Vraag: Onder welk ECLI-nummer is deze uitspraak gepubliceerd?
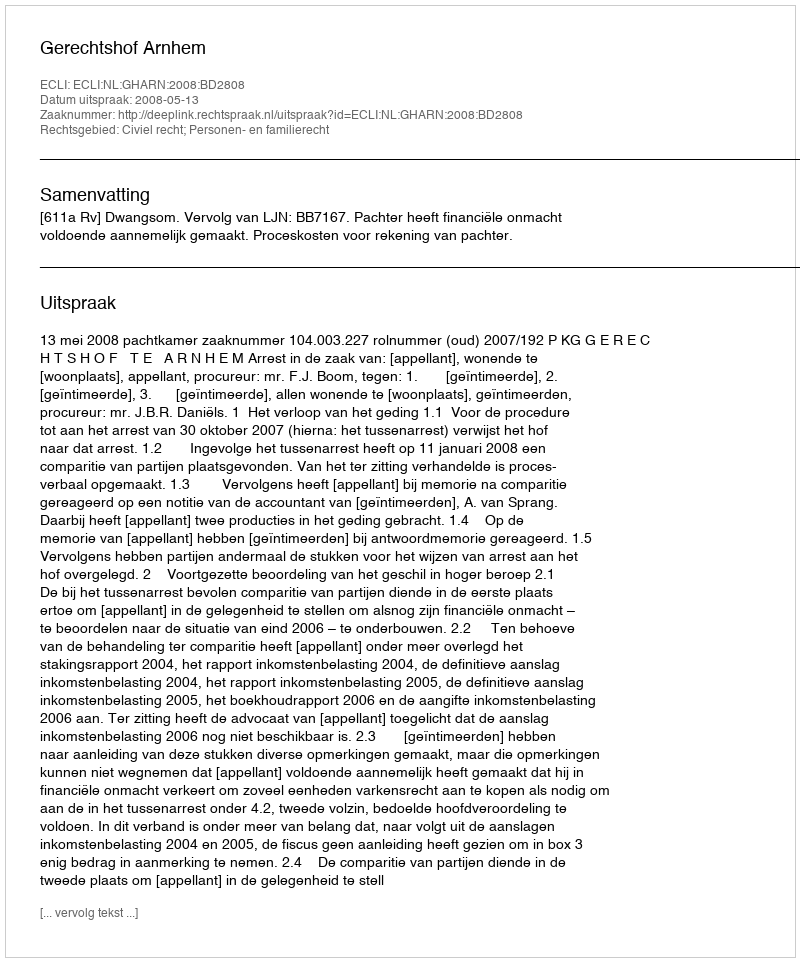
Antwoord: ECLI:NL:GHARN:2008:BD2808